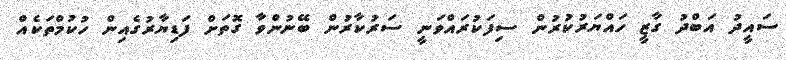
ސައީދު އަބްދު ގާޒީ ހައްޔަރުކުރުން ސިފަކުރައްވަނީ ސަރުކާރުން ބޭނުންވާ ގޮތަށް ފަޑިޔާރުގެއިން ހުކުމްތަކެއް